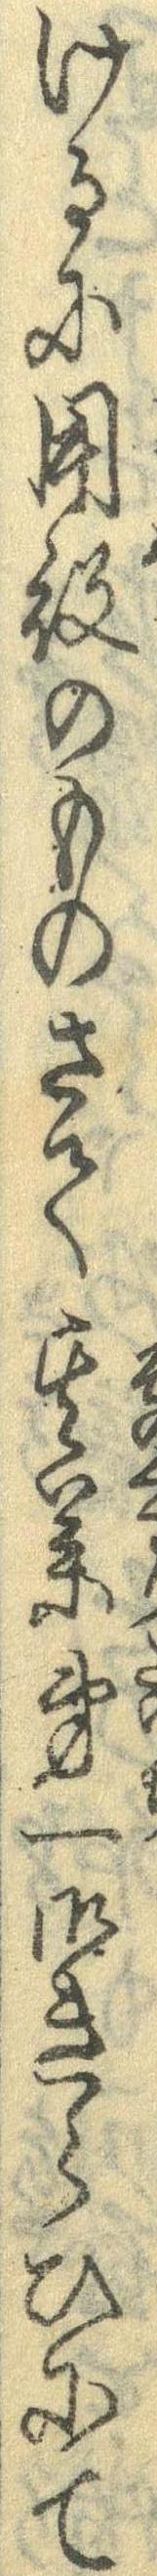
けるに用役のものさて其薬第一御きらひにて